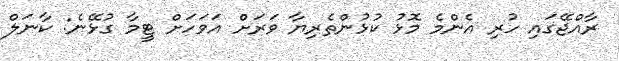
ރާއްޖޭގައި ހުރި އެންމެ މޮޅު ކުޅުންތެރިޔާ ވަރަށް އަވަހަށް ޓީމާ ގުޅޭނެ: ކާނަލް